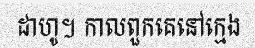
ដាហូ។ កាលពួកគេនៅក្មេង